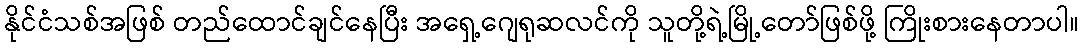
နိုင်ငံသစ်အဖြစ် တည်ထောင်ချင်နေပြီး အရှေ့ဂျေရုဆလင်ကို သူတို့ရဲ့မြို့တော်ဖြစ်ဖို့ ကြိုးစားနေတာပါ။